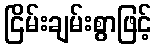
ငြိမ်းချမ်းစွာဖြင့်